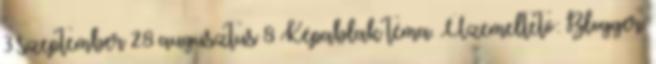
3 szeptember 28 augusztus 8 Képablak téma. Üzemeltető: Blogger.